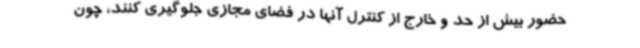
حضور بیش از حد و خارج از کنترل آنها در فضای مجازی جلوگیری کنند، چون